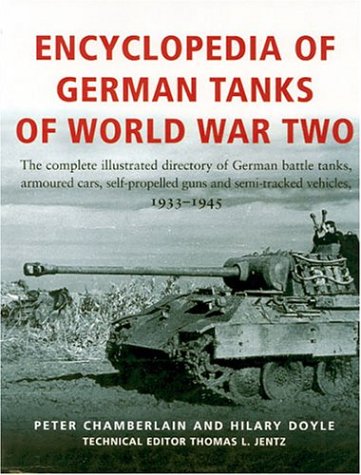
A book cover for Encyclopedia Of German Tanks Of World War Two: The Complete Illustrated Dictionary of German Battle Tanks,Armoured Cars, Self-Propelled Guns and Semi-Track; Peter Chamberlain; Reference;